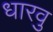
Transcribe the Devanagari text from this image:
धारवु